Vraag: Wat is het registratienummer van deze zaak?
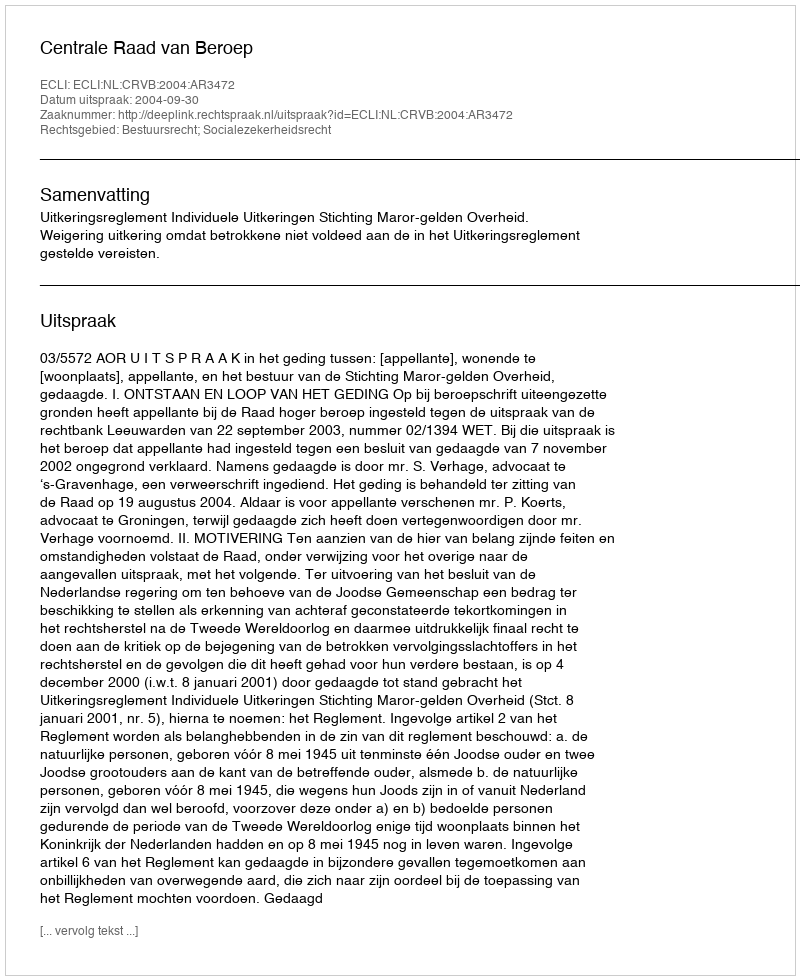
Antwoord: http://deeplink.rechtspraak.nl/uitspraak?id=ECLI:NL:CRVB:2004:AR3472